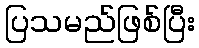
ပြသမည်ဖြစ်ပြီး